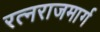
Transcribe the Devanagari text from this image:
रत्नराजमार्ग